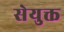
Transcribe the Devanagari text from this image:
सेयुक्त